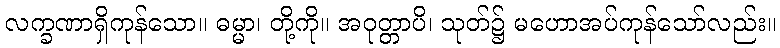
လက္ခဏာရှိကုန်သော။ ဓမ္မာ၊ တို့ကို။ အဝုတ္တာပိ၊ သုတ်၌ မဟောအပ်ကုန်သော်လည်း။